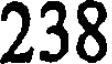
238